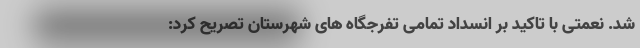
شد. نعمتی با تاکید بر انسداد تمامی تفرجگاه های شهرستان تصریح کرد: